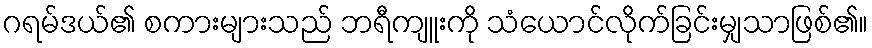
ဂရမ်ဒယ်၏ စကားများသည် ဘရီကျူးကို သံယောင်လိုက်ခြင်းမျှသာဖြစ်၏။